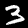
Label: 3